Indian journal of veterinary science and animal husbandry - Volume 2,
Year: 1932
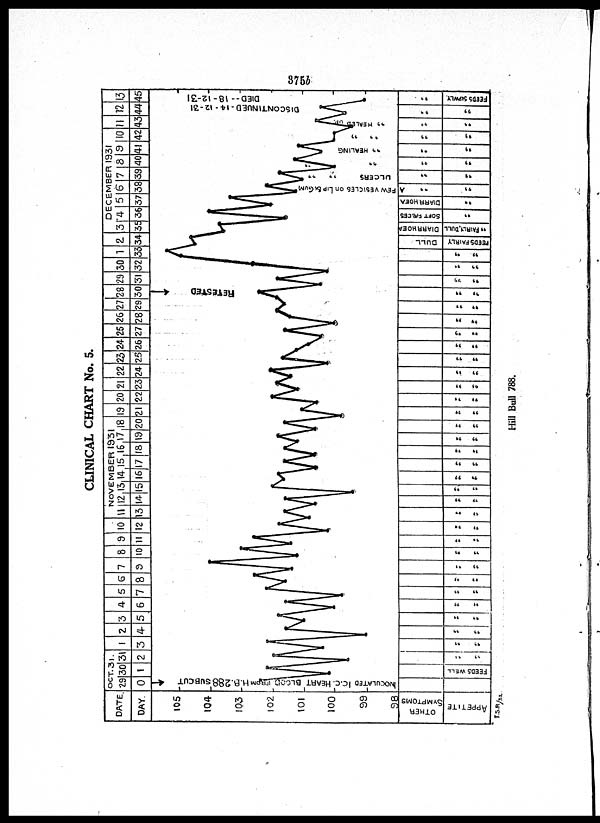
CLINICAL CHART No. 5.